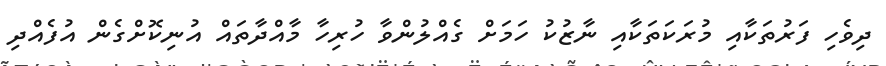
ދިވެހި ފަރުތަކާއި މުރަކަތަކާއި ނާޒުކު ހަމަށް ގެއްލުންވާ ހުރިހާ މާއްދާތައް އުނިކޮށްގެން އުފެއްދި